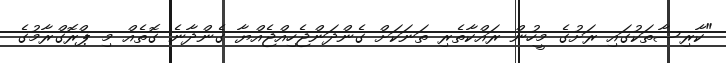
"ކާރިސާތަކުގައި ރަށުގެ މީހުން ރައްކާތެރި ތަނަކަށް ގެންދަންޖެހިއްޖެއްޔާ ގެންދާނެ ގޮތެއް މި ޕްރޮގްރާމުގެ